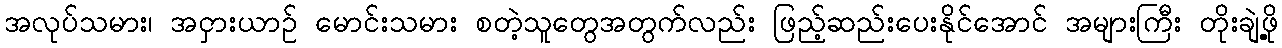
အလုပ်သမား၊ အငှားယာဉ် မောင်းသမား စတဲ့သူတွေအတွက်လည်း ဖြည့်ဆည်းပေးနိုင်အောင် အများကြီး တိုးချဲ့ဖို့